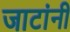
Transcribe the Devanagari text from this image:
जाटांनी